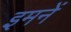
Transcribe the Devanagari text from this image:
इमनें